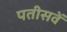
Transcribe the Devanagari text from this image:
पतीसवें